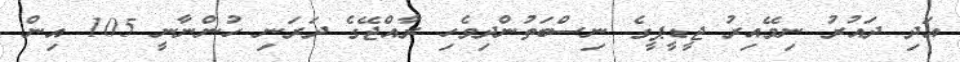
އަދި ދައުރު ނިމޭއިރު ޖީޑީޕީގެ ނިސްބަތުންދިވެހި ރާއްޖޭގެ ދަރަނި ހުންނާނީ 105 އިން